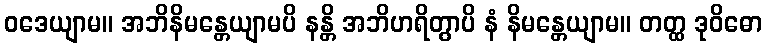
ဝဒေယျာမ။ အဘိနိမန္တေယျာမပိ နန္တိ အဘိဟရိတွာပိ နံ နိမန္တေယျာမ။ တတ္ထ ဒုဝိဓော